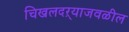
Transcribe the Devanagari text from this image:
चिखलदऱ्याजवळील